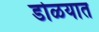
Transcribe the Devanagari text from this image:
डोळयात